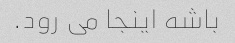
باشه اینجا می رود.